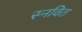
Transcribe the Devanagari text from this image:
स्नवित